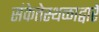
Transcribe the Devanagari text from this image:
संकेतेस्थळाद्वारे